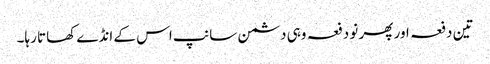
تین دفعہ اور پھر نو دفعہ وہی دشمن سانپ اس کے انڈے کھاتا رہا۔